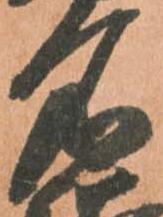
名